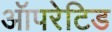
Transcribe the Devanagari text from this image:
ऑपरेटिड